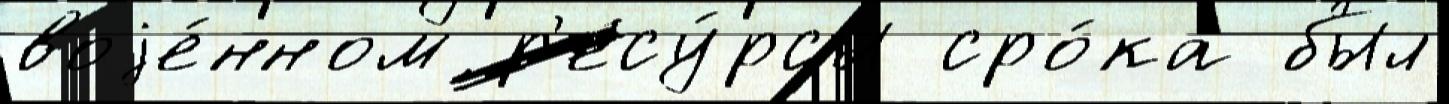
воjе́нном р'есу́рсы сро́ка был